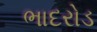
ભાદરોડ